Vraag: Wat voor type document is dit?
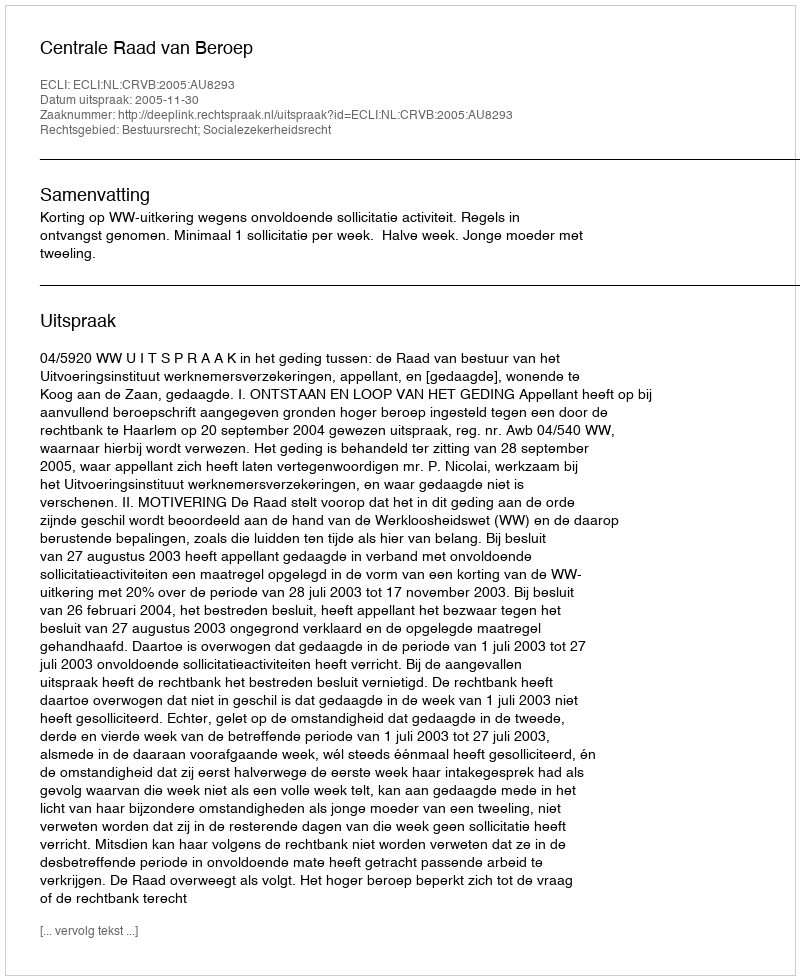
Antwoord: Uitspraak